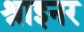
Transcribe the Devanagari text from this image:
श्राइनर